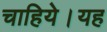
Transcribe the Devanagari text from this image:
चाहिये।यह